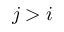
j > i